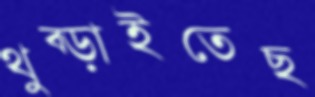
থুব্‌ড়াইতেছ